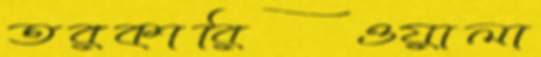
তরকারিওয়ালা